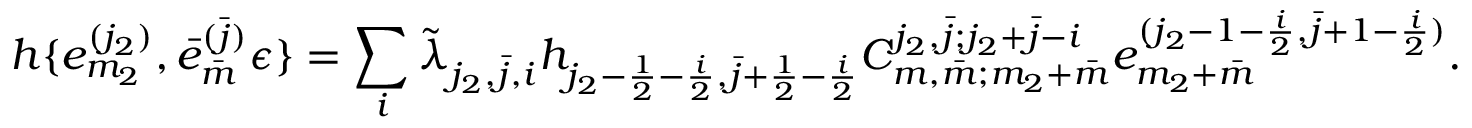
h \{ e _ { m _ { 2 } } ^ { ( j _ { 2 } ) } , \bar { e } _ { \bar { m } } ^ { \bar { ( j ) } } \epsilon \} = \sum _ { i } \tilde { \lambda } _ { j _ { 2 } , \bar { j } , i } h _ { j _ { 2 } - \frac { 1 } { 2 } - \frac { i } { 2 } , \bar { j } + \frac { 1 } { 2 } - \frac { i } { 2 } } C _ { m , \bar { m } ; m _ { 2 } + \bar { m } } ^ { j _ { 2 } , \bar { j } ; j _ { 2 } + \bar { j } - i } e _ { m _ { 2 } + \bar { m } } ^ { ( j _ { 2 } - 1 - \frac { i } { 2 } , \bar { j } + 1 - \frac { i } { 2 } ) } .